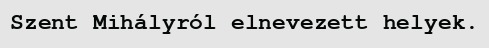
Szent Mihályról elnevezett helyek.